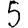
Digit: 5